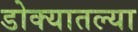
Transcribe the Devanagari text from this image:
डोक्यातल्या